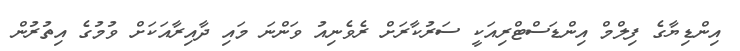
އިންޑިޔާގެ ފިލްމް އިންޑަސްޓްރިއަކީ ސަރުކާރަށް ރެވެނިއު ވަންނަ މައި ދާއިރާއަކަށް ވުމުގެ އިތުރުން